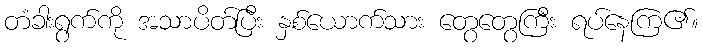
တံခါးရွက်ကို အသာပိတ်ပြီး နှစ်ယောက်သား တွေတွေကြီး ရပ်နေကြ၏။